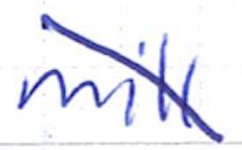
Text: mill
Cross-out: diagonal
Writing tool: ballpoint